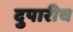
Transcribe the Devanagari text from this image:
दुपारीच